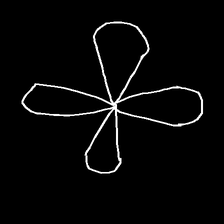
Glyph: billowing